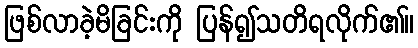
ဖြစ်လာခဲ့မိခြင်းကို ပြန်၍သတိရလိုက်၏။